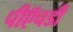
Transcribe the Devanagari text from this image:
पीऍचडी